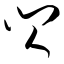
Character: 闪